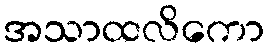
အသာထလိကော